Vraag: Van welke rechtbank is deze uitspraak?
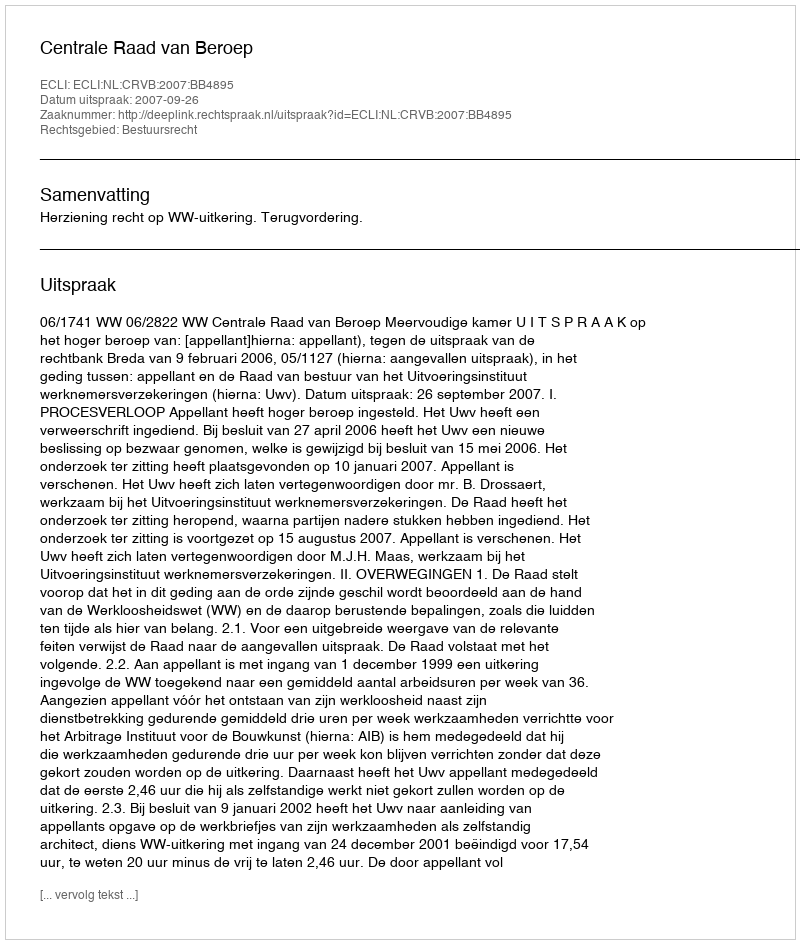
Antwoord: Centrale Raad van Beroep